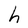
Character: h